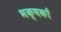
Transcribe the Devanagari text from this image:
भक्षकों